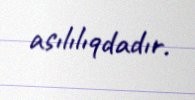
asılılıqdadır.